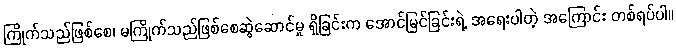
ကြိုက်သည်ဖြစ်စေ၊ မကြိုက်သည်ဖြစ်စေဆွဲဆောင်မှု ရှိခြင်းက အောင်မြင်ခြင်းရဲ့ အရေးပါတဲ့ အကြောင်း တစ်ရပ်ပါ။